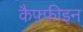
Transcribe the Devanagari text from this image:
कैफ़्फ़ीइन